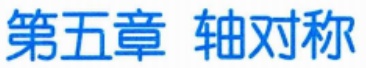
第五章 轴对称